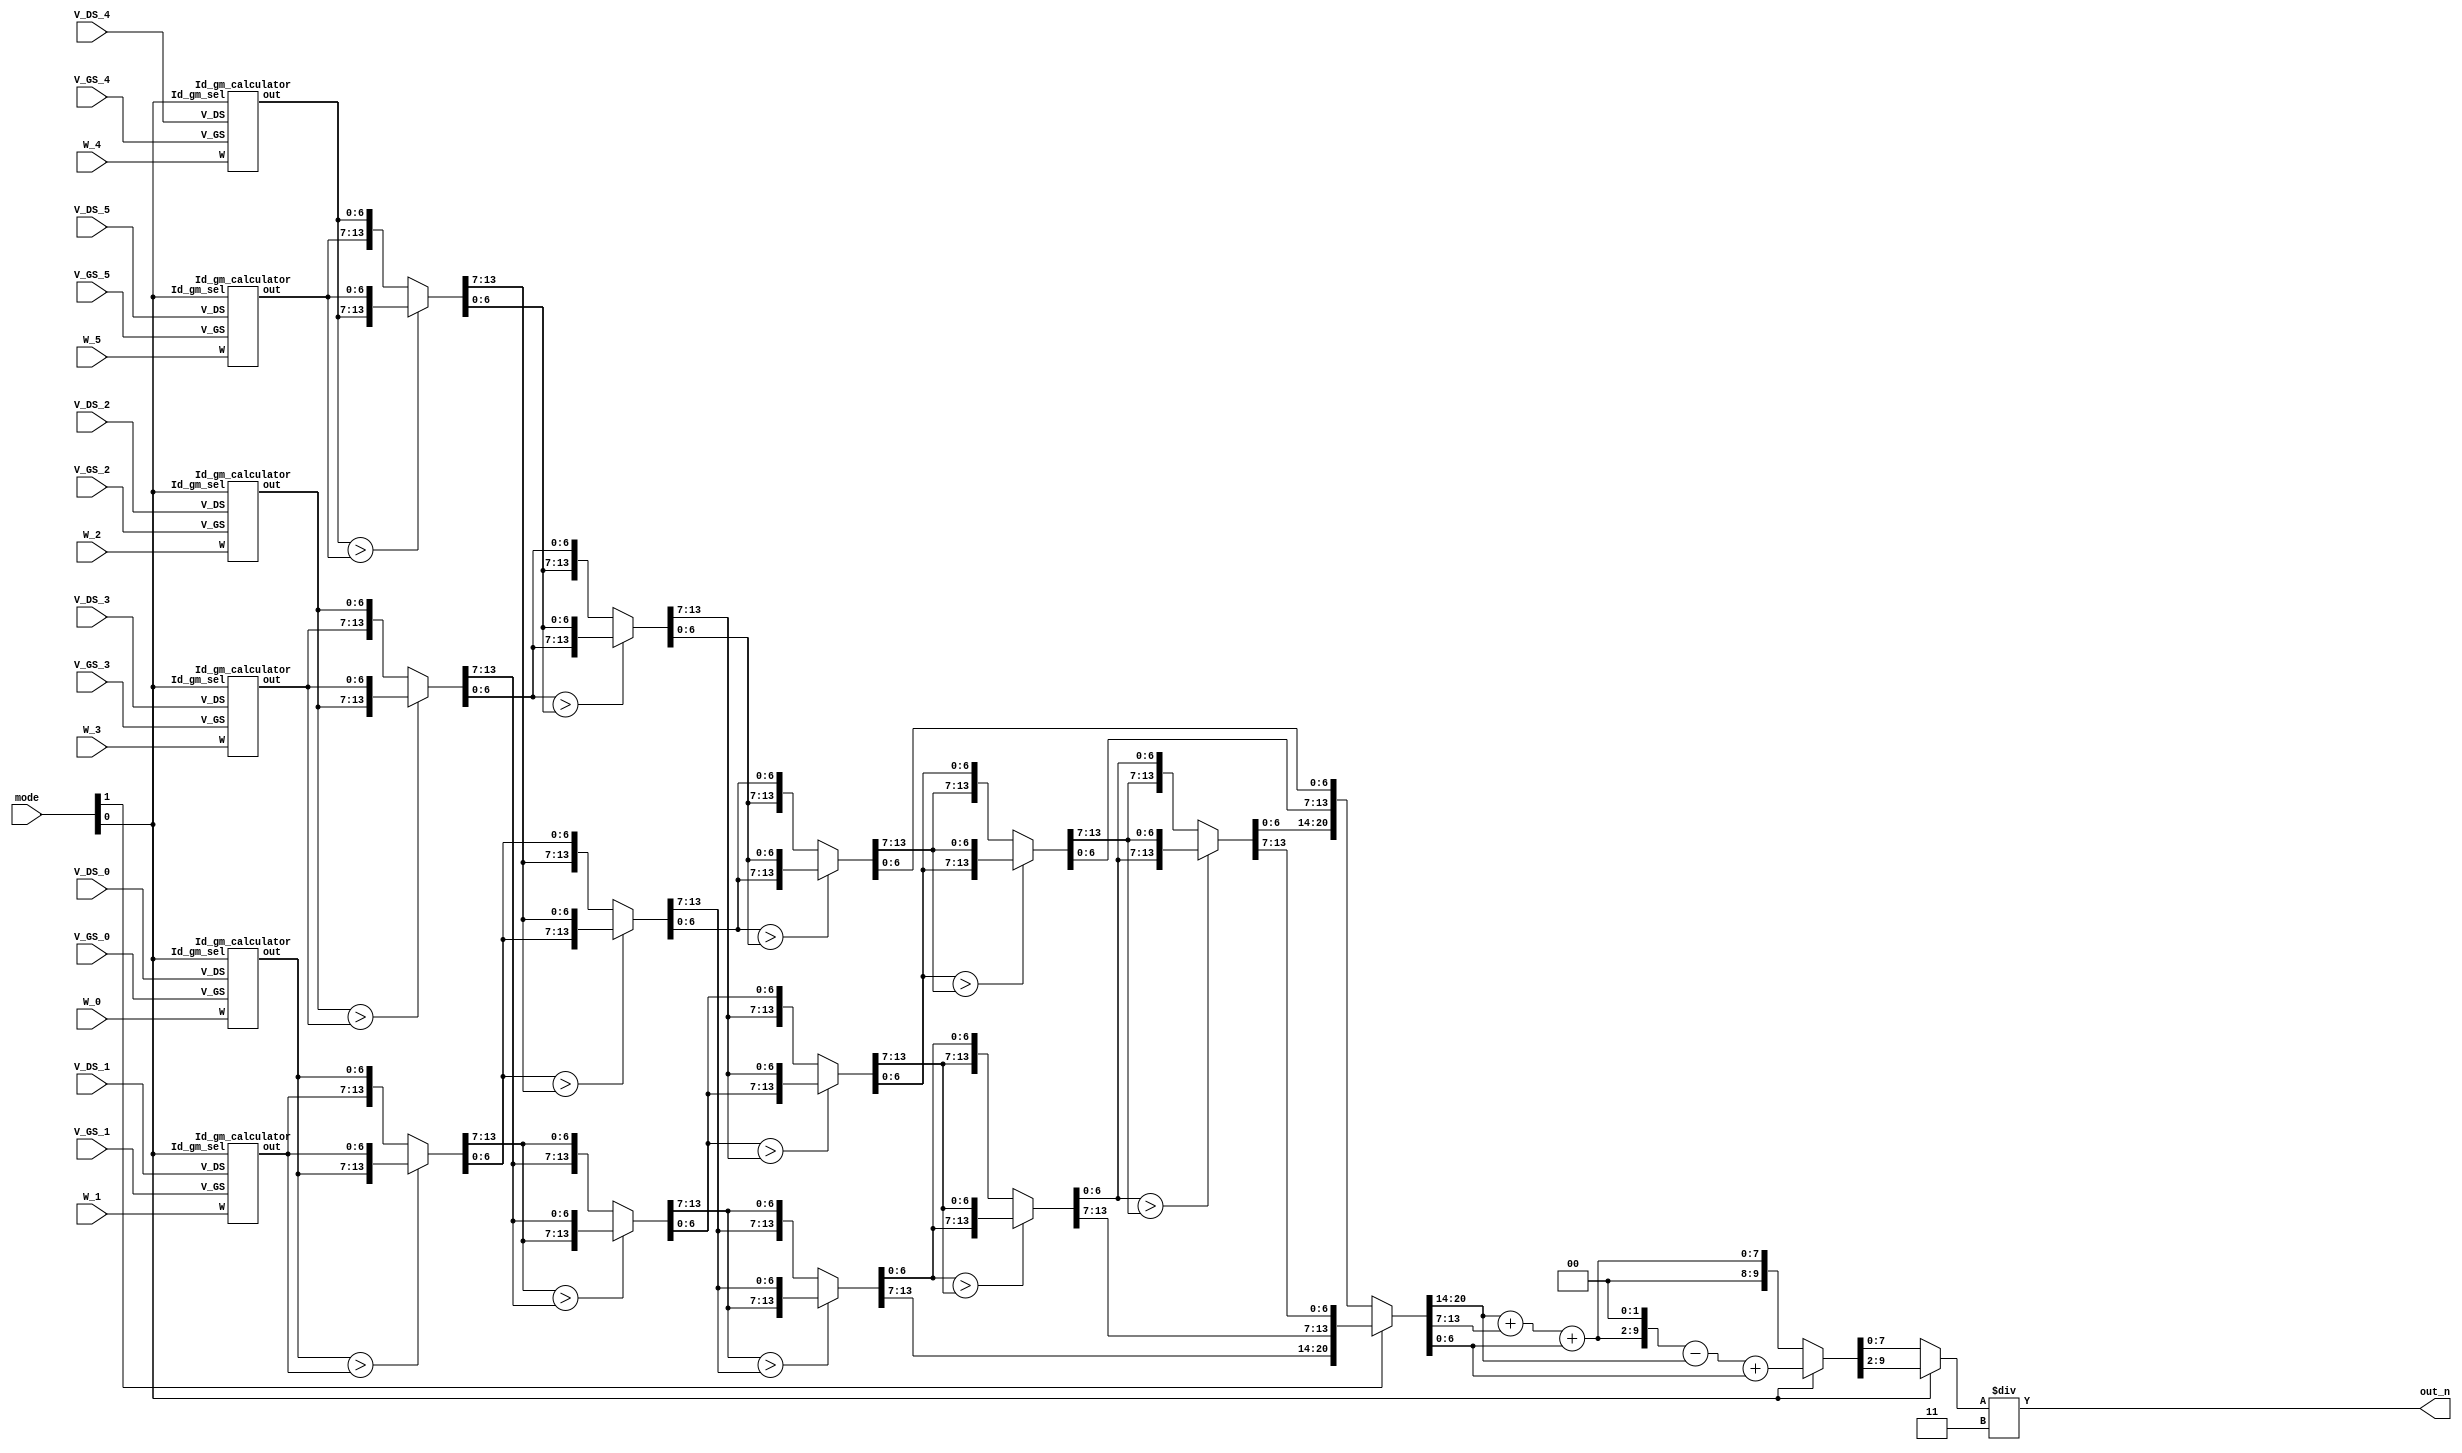
//############################################################################
//++++++++++++++++++++++++++++++++++++++++++++++++++++++++++++++++++++++++++++
//   (C) Copyright Laboratory System Integration and Silicon Implementation
//   All Right Reserved
//++++++++++++++++++++++++++++++++++++++++++++++++++++++++++++++++++++++++++++
//
//   ICLAB 2023 Fall
//   Lab01 Exercise		: Supper MOSFET Calculator
//
//++++++++++++++++++++++++++++++++++++++++++++++++++++++++++++++++++++++++++++
//
//   Module Name : SMC
//   Release version : V1.0 (Release Date: 2023-09)
//
//++++++++++++++++++++++++++++++++++++++++++++++++++++++++++++++++++++++++++++
//############################################################################


module SMC(
  // Input signals
    mode,
    W_0, V_GS_0, V_DS_0,
    W_1, V_GS_1, V_DS_1,
    W_2, V_GS_2, V_DS_2,
    W_3, V_GS_3, V_DS_3,
    W_4, V_GS_4, V_DS_4,
    W_5, V_GS_5, V_DS_5,
  // Output signals
    out_n
);

//================================================================
//   INPUT AND OUTPUT DECLARATION
//================================================================
input [2:0] W_0, V_GS_0, V_DS_0;
input [2:0] W_1, V_GS_1, V_DS_1;
input [2:0] W_2, V_GS_2, V_DS_2;
input [2:0] W_3, V_GS_3, V_DS_3;
input [2:0] W_4, V_GS_4, V_DS_4;
input [2:0] W_5, V_GS_5, V_DS_5;
input [1:0] mode;
output [7:0] out_n;         					// use this if using continuous assignment for out_n  // Ex: assign out_n = XXX;
// output reg [7:0] out_n; 								// use this if using procedure assignment for out_n   // Ex: always@(*) begin out_n = XXX; end

//================================================================
//    Wire & Registers
//================================================================
wire  [6:0] I0_g0, I0_g0_stage1, I0_g0_stage2, I0_g0_stage3;
wire  [6:0] I1_g1, I1_g1_stage1, I1_g1_stage2, I1_g1_stage3, I1_g1_stage4;
wire  [6:0] I2_g2, I2_g2_stage1, I2_g2_stage2, I2_g2_stage3, I2_g2_stage4, I2_g2_stage5;
wire  [6:0] I3_g3, I3_g3_stage1, I3_g3_stage2, I3_g3_stage3, I3_g3_stage4, I3_g3_stage5;
wire  [6:0] I4_g4, I4_g4_stage1, I4_g4_stage2, I4_g4_stage3, I4_g4_stage4;
wire  [6:0] I5_g5, I5_g5_stage1, I5_g5_stage2, I5_g5_stage3;
wire  [6:0] n0, n1, n2, n3, n4, n5;
wire  [6:0] ADD_0, ADD_1, ADD_2;
wire  [7:0] sum, dividend;
wire  [9:0] weight;


//================================================================
//    DESIGN
//================================================================

// --------------------------------------------------
// write your design here
// --------------------------------------------------

/*Calculate Id or gm*/
Id_gm_calculator cal0 (.W(W_0), .V_GS(V_GS_0), .V_DS(V_DS_0), .Id_gm_sel(mode[0]), .out(I0_g0));
Id_gm_calculator cal1 (.W(W_1), .V_GS(V_GS_1), .V_DS(V_DS_1), .Id_gm_sel(mode[0]), .out(I1_g1));
Id_gm_calculator cal2 (.W(W_2), .V_GS(V_GS_2), .V_DS(V_DS_2), .Id_gm_sel(mode[0]), .out(I2_g2));
Id_gm_calculator cal3 (.W(W_3), .V_GS(V_GS_3), .V_DS(V_DS_3), .Id_gm_sel(mode[0]), .out(I3_g3));
Id_gm_calculator cal4 (.W(W_4), .V_GS(V_GS_4), .V_DS(V_DS_4), .Id_gm_sel(mode[0]), .out(I4_g4));
Id_gm_calculator cal5 (.W(W_5), .V_GS(V_GS_5), .V_DS(V_DS_5), .Id_gm_sel(mode[0]), .out(I5_g5));

/*Sort*/
// Stage 1
assign {I0_g0_stage1, I1_g1_stage1} = (I0_g0 > I1_g1) ? {I0_g0, I1_g1} : {I1_g1, I0_g0};
assign {I2_g2_stage1, I3_g3_stage1} = (I2_g2 > I3_g3) ? {I2_g2, I3_g3} : {I3_g3, I2_g2};
assign {I4_g4_stage1, I5_g5_stage1} = (I4_g4 > I5_g5) ? {I4_g4, I5_g5} : {I5_g5, I4_g4};
// Stage 2
assign {I0_g0_stage2, I1_g1_stage2} = (I0_g0_stage1 > I2_g2_stage1) ? {I0_g0_stage1, I2_g2_stage1} : {I2_g2_stage1, I0_g0_stage1};
assign {I2_g2_stage2, I3_g3_stage2} = (I1_g1_stage1 > I4_g4_stage1) ? {I1_g1_stage1, I4_g4_stage1} : {I4_g4_stage1, I1_g1_stage1};
assign {I4_g4_stage2, I5_g5_stage2} = (I3_g3_stage1 > I5_g5_stage1) ? {I3_g3_stage1, I5_g5_stage1} : {I5_g5_stage1, I3_g3_stage1};
// Stage 3
assign {I0_g0_stage3, I1_g1_stage3} = (I0_g0_stage2 > I2_g2_stage2) ? {I0_g0_stage2, I2_g2_stage2} : {I2_g2_stage2, I0_g0_stage2};
assign {I2_g2_stage3, I3_g3_stage3} = (I1_g1_stage2 > I4_g4_stage2) ? {I1_g1_stage2, I4_g4_stage2} : {I4_g4_stage2, I1_g1_stage2};
assign {I4_g4_stage3, I5_g5_stage3} = (I3_g3_stage2 > I5_g5_stage2) ? {I3_g3_stage2, I5_g5_stage2} : {I5_g5_stage2, I3_g3_stage2};
// Stage 4
assign {I1_g1_stage4, I2_g2_stage4} = (I1_g1_stage3 > I2_g2_stage3) ? {I1_g1_stage3, I2_g2_stage3} : {I2_g2_stage3, I1_g1_stage3};
assign {I3_g3_stage4, I4_g4_stage4} = (I3_g3_stage3 > I4_g4_stage3) ? {I3_g3_stage3, I4_g4_stage3} : {I4_g4_stage3, I3_g3_stage3};
// Stage 5
assign {I2_g2_stage5, I3_g3_stage5} = (I2_g2_stage4 > I3_g3_stage4) ? {I2_g2_stage4, I3_g3_stage4} : {I3_g3_stage4, I2_g2_stage4};
// Transfer to decending order
assign {n0, n1, n2, n3, n4, n5} = {I0_g0_stage3, I1_g1_stage4, I2_g2_stage5, I3_g3_stage5, I4_g4_stage4, I5_g5_stage3};

/*Select according to mode*/
assign {ADD_0, ADD_1, ADD_2} = (mode[1]) ? {n0, n1, n2} : {n3, n4, n5};
assign sum = ADD_0 + ADD_1 + ADD_2;
assign weight = (mode[0]) ? (sum << 2) - ADD_0 + ADD_2 : sum;
assign dividend = (mode[0]) ? weight >> 2 : weight;

/*Output*/
assign out_n = dividend / 2'd3;

endmodule


//================================================================
//   SUB MODULE
//================================================================

module Id_gm_calculator (
  // Input Signals
  W, V_GS, V_DS, Id_gm_sel,
  // Output Signals
  out
);
input  [2:0] W, V_GS, V_DS;
input        Id_gm_sel;
output [6:0] out;

wire   [7:0]  mul_out;
wire   [3:0]  vgs, vds;
wire          region;
reg    [3:0]  MUL_IN0, MUL_IN1;

assign vgs = {1'b0, V_GS};
assign vds = {1'b0, V_DS};
assign region = (vgs <= vds + 1'd1); // tri -> 0, sat -> 1

always @(*) begin
  case({Id_gm_sel, region})
    2'b00: begin
      MUL_IN0 = V_DS;
      MUL_IN1 = 4'd2;
    end
    2'b01: begin
      MUL_IN0 = V_GS - 1'd1;
      MUL_IN1 = 4'd2;
    end
    2'b10: begin
      MUL_IN0 = V_GS + V_GS - V_DS - 2'd2;
      MUL_IN1 = V_DS;
    end
    2'b11: begin
      MUL_IN0 = V_GS - 1'd1;
      MUL_IN1 = V_GS - 1'd1;
    end
  endcase
end

assign mul_out = W * MUL_IN0 * MUL_IN1;
assign out = mul_out / 2'd3;

endmodule